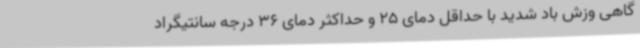
گاهی وزش باد شدید با حداقل دمای 25 و حداکثر دمای 36 درجه سانتیگراد